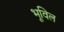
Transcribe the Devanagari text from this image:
भूविल